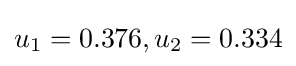
u_{1}=0.376,u_{2}=0.334